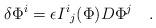
LaTeX: \begin{align*}\delta \Phi^i = \epsilon {I^i}_j (\Phi) D \Phi^j \quad. \end{align*}